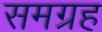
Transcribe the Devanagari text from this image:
समग्रह